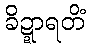
ခိဍ္ဍာရတိံ